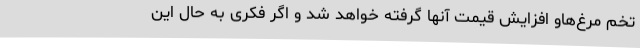
تخم مرغ‌هاو افزایش قیمت آنها گرفته خواهد شد و اگر فکری به حال این